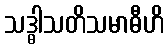
သဒ္ဓါသတိသမာဓီဟိ